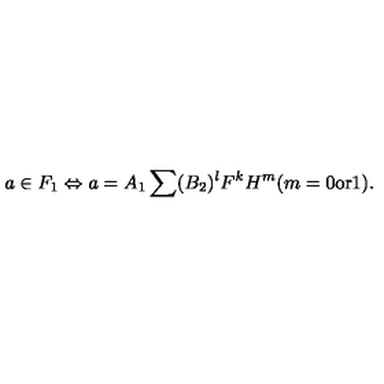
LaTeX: a \in F _ { 1 } \Leftrightarrow a = A _ { 1 } \sum ( B _ { 2 } ) ^ { l } F ^ { k } H ^ { m } ( m = 0 \mathrm { o r } 1 ) .